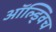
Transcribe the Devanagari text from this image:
ऑल्ड्विच